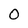
Character: 0